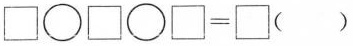
$$\square \bigcirc \square \bigcirc \square=\square（ ）$$